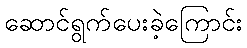
ဆောင်ရွက်ပေးခဲ့ကြောင်း